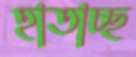
হাতাচ্ছ